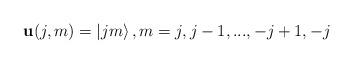
LaTeX: \begin{align*}\mathbf{u}(j,m)=\left\vert jm\right\rangle ,m=j,j-1,...,-j+1,-j\end{align*}